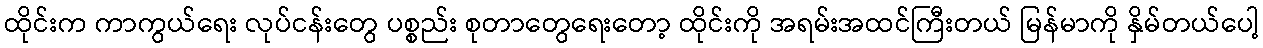
ထိုင်းက ကာကွယ်ရေး လုပ်ငန်းတွေ ပစ္စည်း စုတာတွေရေးတော့ ထိုင်းကို အရမ်းအထင်ကြီးတယ် မြန်မာကို နှိမ်တယ်ပေါ့